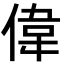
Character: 偉